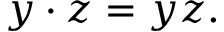
y \cdot z = y z .